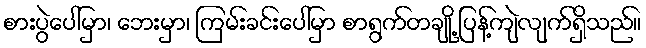
စားပွဲပေါ်မှာ၊ ဘေးမှာ၊ ကြမ်းခင်းပေါ်မှာ စာရွက်တချို့ ပြန့်ကျဲလျက်ရှိသည်။